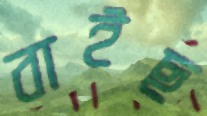
বাইছ